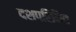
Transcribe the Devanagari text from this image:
दशपरिमित